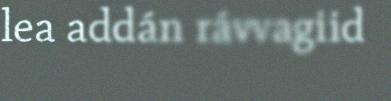
lea addán rávvagiid